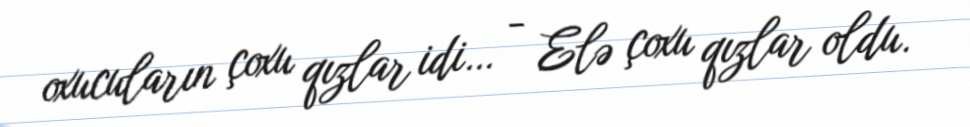
oxucuların çoxu qızlar idi… - Elə çoxu qızlar oldu.